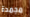
مجمدة